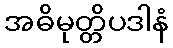
အဓိမုတ္တိပဒါနံ